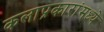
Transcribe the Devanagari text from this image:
कलाप्रकारांमध्ये